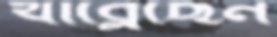
খাব্‌লেছেন